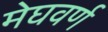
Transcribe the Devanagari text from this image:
मेघवर्ण